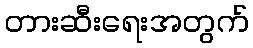
တားဆီးရေးအတွက်